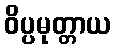
ဝိပ္ပမုတ္တာယ